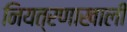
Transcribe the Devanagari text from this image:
नियत्रणाखाली